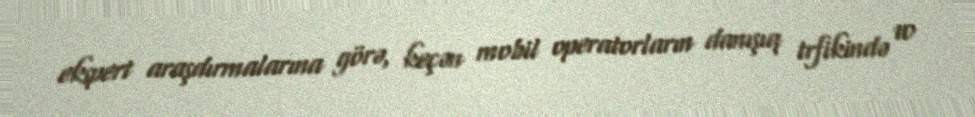
ekspert araşdırmalarına görə, keçən mobil operatorların danışıq trfikində 10